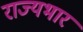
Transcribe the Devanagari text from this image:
राज्‍यभार